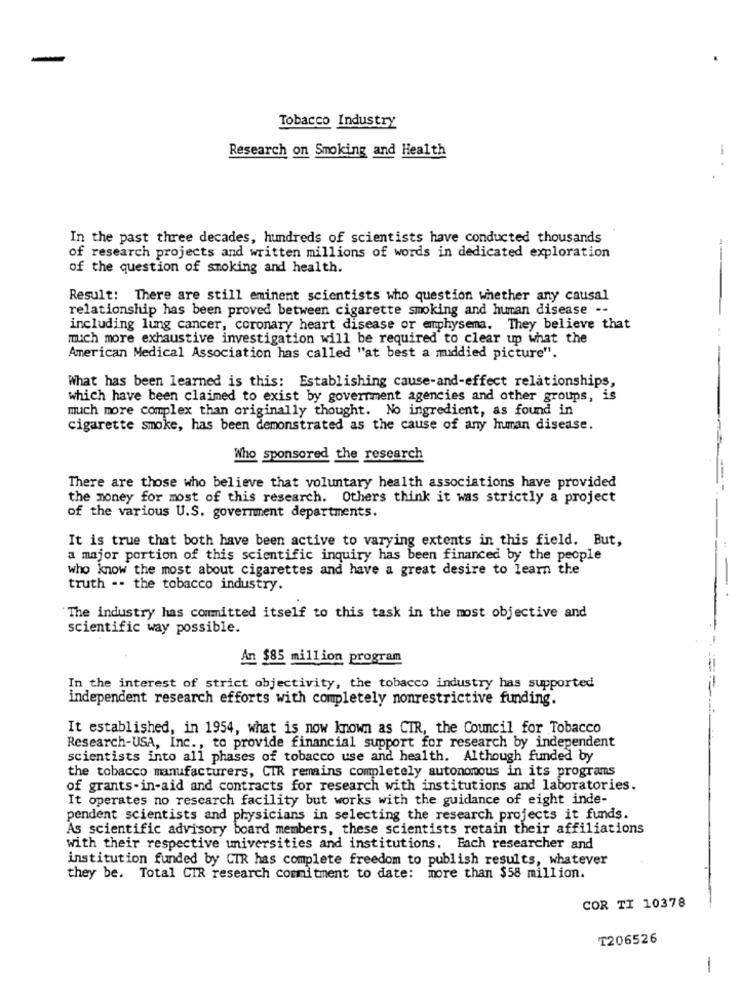
Tobacco Industry
-
Research on Smoking and Health
In the past three decades, hundreds of scientists have conducted thousands
of research projects and written millions of words in dedicated exploration
of the question of smoking and health.
---
Result: There are still eminent scientists who question whether any causal
relationship has been proved between cigarette smoking and human disease --
including lung cancer, coronary heart disease or emphysema. They believe that
much more exhaustive investigation will be required to clear up what the
American Medical Association has called "at best a maddied picture".
What has been learned is this: Establishing cause-and-effect relationships,
which have been claimed to exist by government agencies and other groups, is
much more complex than originally thought. No ingredient, as found in
cigarette smoke, has been demonstrated as the cause of any human disease.
Who sponsored the research
There are those who believe that voluntary health associations have provided
the money for most of this research. Others think it was strictly a project
of the various U.S. government departments.
It is true that both have been active to varying extents in this field. But,
a major portion of this scientific inquiry has been financed by the people
who know the most about cigarettes and have a great desire to learn the
truth -- the tobacco industry.
The industry has committed itself to this task in the most objective and
scientific way possible.
An $85 million program
In the interest of strict objectivity, the tobacco industry has supported
independent research efforts with completely nonrestrictive funding.
It established, in 1954, what is now known as CIR, the Council for Tobacco
Research-USA, Inc ., to provide financial support for research by independent
scientists into all phases of tobacco use and health. Although funded by
the tobacco manufacturers, CIR remains completely autonomous in its programs
of grants-in-aid and contracts for research with institutions and laboratories.
It operates no research facility but works with the guidance of eight inde-
pendent scientists and physicians in selecting the research projects it funds.
As scientific advisory board members, these scientists retain their affiliations
with their respective universities and institutions. Each researcher and
institution funded by CIR has complete freedom to publish results, whatever
they be. Total CIR research commitment to date: more than $58 million.
COR TI 10378
T206526
-